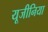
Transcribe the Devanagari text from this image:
यूजीनिया